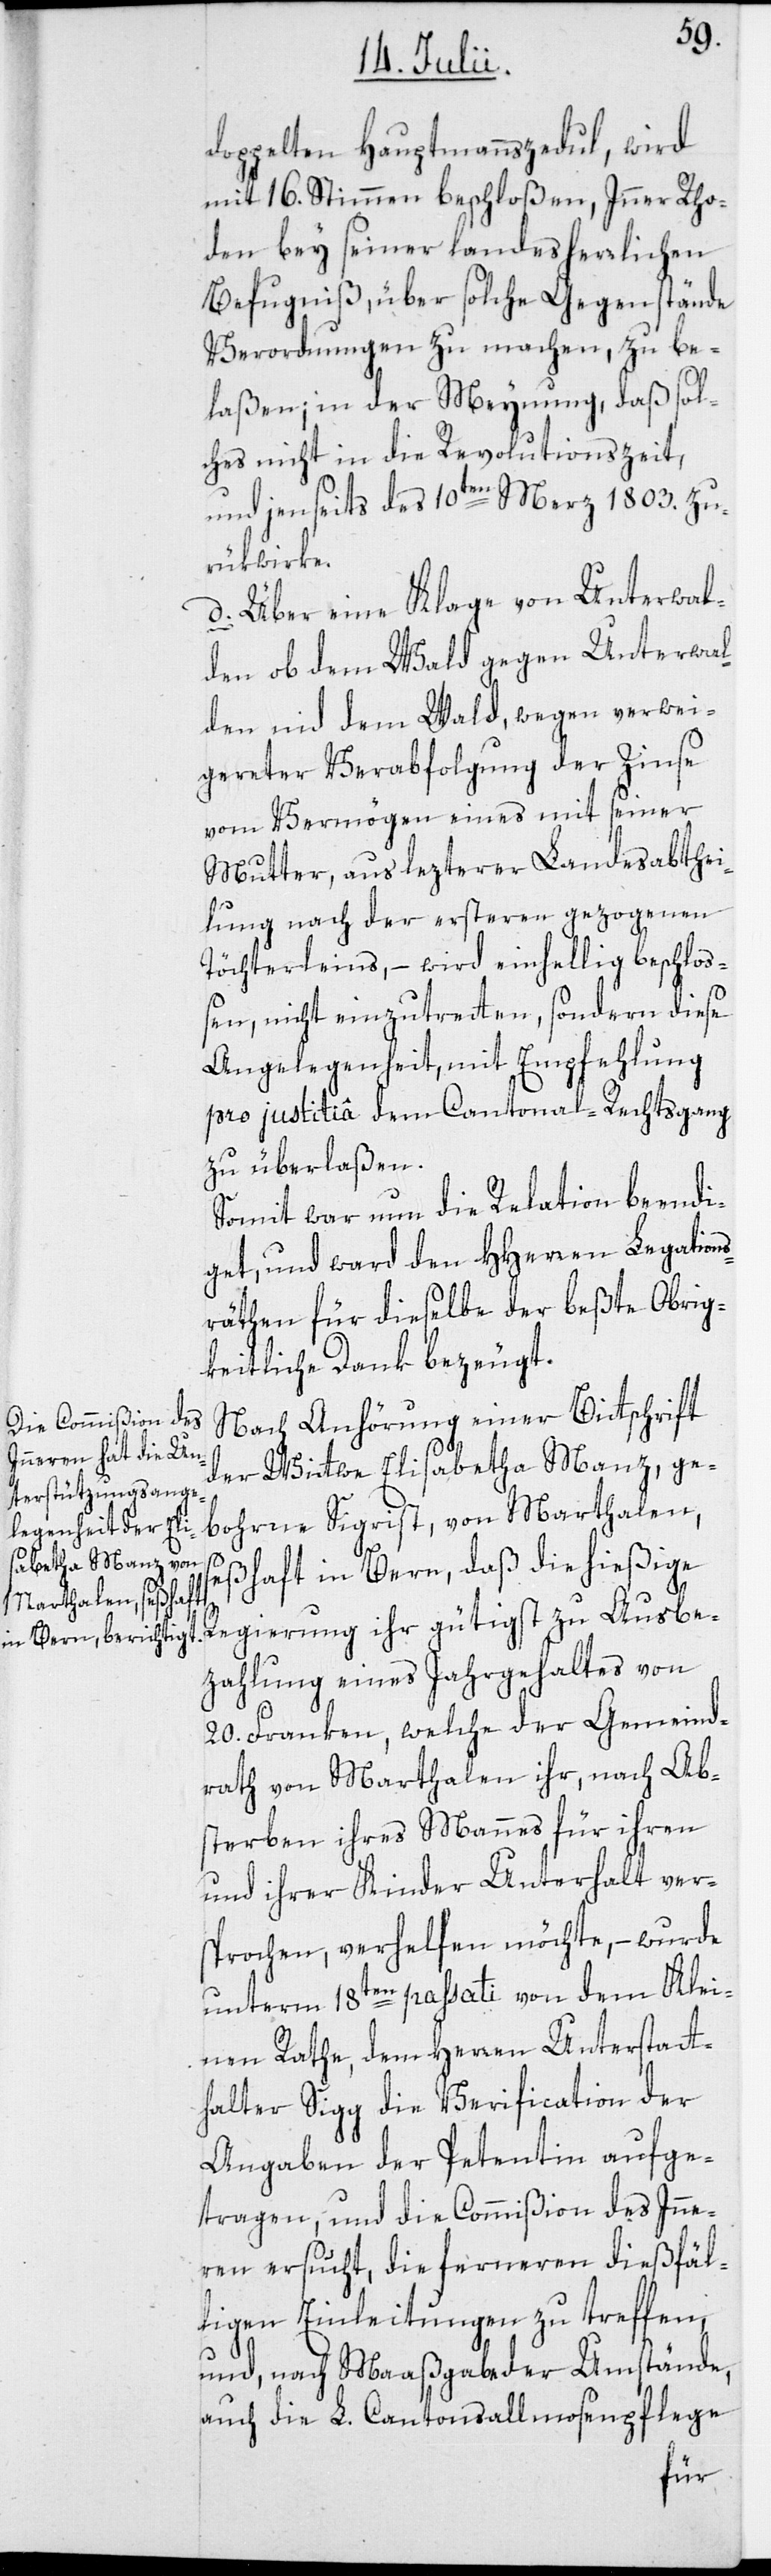
doppelten Hauptmannszedul, wird
mit 16. Stimmen beschloßen, Inner Rho¬
den bey seiner landesherrlichen
Befugniß, über solche Gegenstände
Verordnungen zu machen, zu be¬
laßen; in der Meynung, daß sol¬
ches nicht in die Revolutionszeit,
und jenseits des 10ten Merz 1803. zu¬
rükwirke.
d. Über eine Klage von Unterwal¬
den ob dem Wald gegen Unterwal¬
den nid dem Wald, wegen verwei¬
gereter Verabfolgung der Zinse
vom Vermögen eines mit seiner
Mutter, aus lezterer Landesabthei¬
lung nach der ersteren gezogenen
Töchterleins, – wird einhellig beschloß¬
en, nicht einzutretten, sondern diese
Angelegenheit, mit Empfehlung
pro justitiâ dem Cantonal-Rechtsgang
zu überlaßen.
Somit war nun die Relation beendi¬
get, und ward den HHerren Legation¬
sräthen für dieselbe der beßte Obrig¬
keitliche Dank bezeugt.
Nach Anhörung einer Bittschrift
der Wittwe Elisabetha Manz, ge¬
bohrne Sigrist, von Marthalen,
seßhaft in Bern, daß die hießige
Regierung ihr gütigst zu Ausbe¬
zahlung eines Jahrgehaltes von
20. Franken, welche der Gemeind¬
rath von Marthalen ihr, nach Ab¬
sterben ihres Mannes für ihren
und ihrer Kinder Unterhalt ver¬
sprochen, verhelfen möchte, – wurde
unterm 18ten passati von dem Klei¬
nen Rathe, dem Herren Unterstatt¬
halter Sigg die Verification der
Angaben der Petentin aufge¬
tragen, und die Commißion des Inne¬
ren ersucht, die ferneren dießfäl¬
ligen Einleitungen zu treffen,
und, nach Maaßgabe der Umstände,
auch die L. Cantonsallmosenpflege